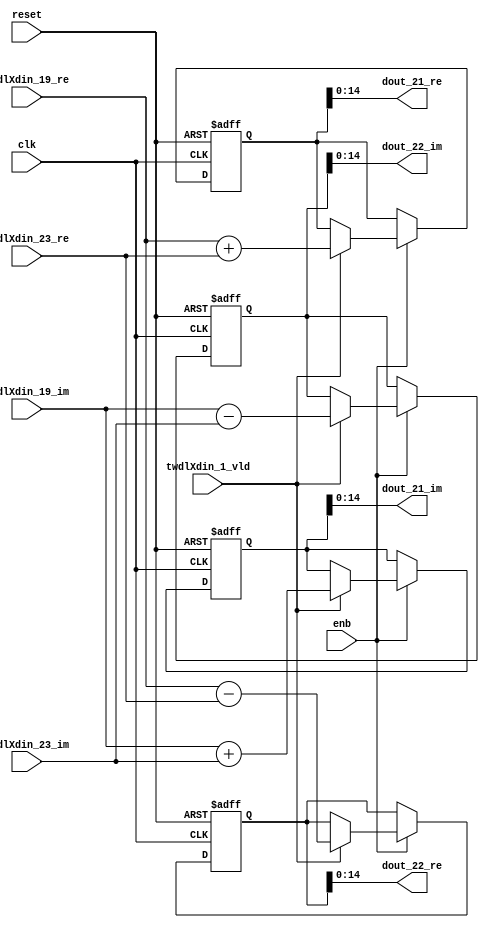
// -------------------------------------------------------------
// 
// 
// Generated by MATLAB 9.14 and HDL Coder 4.1
// 
// -------------------------------------------------------------


// -------------------------------------------------------------
// 
// Module: RADIX22FFT_SDNF1_3_block9
// Source Path: RSP/RSP/Velocity Processor/Doppler Processing/Doppler Processor/FFT/RADIX22FFT_SDNF1_3
// Hierarchy Level: 5
// 
// -------------------------------------------------------------

`timescale 1 ns / 1 ns

module RADIX22FFT_SDNF1_3_block9
          (clk,
           reset,
           enb,
           twdlXdin_19_re,
           twdlXdin_19_im,
           twdlXdin_23_re,
           twdlXdin_23_im,
           twdlXdin_1_vld,
           dout_21_re,
           dout_21_im,
           dout_22_re,
           dout_22_im);


  input   clk;
  input   reset;
  input   enb;
  input   signed [14:0] twdlXdin_19_re;  // sfix15_En10
  input   signed [14:0] twdlXdin_19_im;  // sfix15_En10
  input   signed [14:0] twdlXdin_23_re;  // sfix15_En10
  input   signed [14:0] twdlXdin_23_im;  // sfix15_En10
  input   twdlXdin_1_vld;
  output  signed [14:0] dout_21_re;  // sfix15_En10
  output  signed [14:0] dout_21_im;  // sfix15_En10
  output  signed [14:0] dout_22_re;  // sfix15_En10
  output  signed [14:0] dout_22_im;  // sfix15_En10


  reg signed [15:0] Radix22ButterflyG1_NF_btf1_re_reg;  // sfix16
  reg signed [15:0] Radix22ButterflyG1_NF_btf1_im_reg;  // sfix16
  reg signed [15:0] Radix22ButterflyG1_NF_btf2_re_reg;  // sfix16
  reg signed [15:0] Radix22ButterflyG1_NF_btf2_im_reg;  // sfix16
  reg  Radix22ButterflyG1_NF_dinXtwdl_vld_dly1;
  reg signed [15:0] Radix22ButterflyG1_NF_btf1_re_reg_next;  // sfix16_En10
  reg signed [15:0] Radix22ButterflyG1_NF_btf1_im_reg_next;  // sfix16_En10
  reg signed [15:0] Radix22ButterflyG1_NF_btf2_re_reg_next;  // sfix16_En10
  reg signed [15:0] Radix22ButterflyG1_NF_btf2_im_reg_next;  // sfix16_En10
  reg  Radix22ButterflyG1_NF_dinXtwdl_vld_dly1_next;
  reg signed [14:0] dout_21_re_1;  // sfix15_En10
  reg signed [14:0] dout_21_im_1;  // sfix15_En10
  reg signed [14:0] dout_22_re_1;  // sfix15_En10
  reg signed [14:0] dout_22_im_1;  // sfix15_En10
  reg  dout_21_vld;
  reg signed [15:0] Radix22ButterflyG1_NF_add_cast;  // sfix16_En10
  reg signed [15:0] Radix22ButterflyG1_NF_add_cast_0;  // sfix16_En10
  reg signed [15:0] Radix22ButterflyG1_NF_sub_cast;  // sfix16_En10
  reg signed [15:0] Radix22ButterflyG1_NF_sub_cast_0;  // sfix16_En10
  reg signed [15:0] Radix22ButterflyG1_NF_add_cast_1;  // sfix16_En10
  reg signed [15:0] Radix22ButterflyG1_NF_add_cast_2;  // sfix16_En10
  reg signed [15:0] Radix22ButterflyG1_NF_sub_cast_1;  // sfix16_En10
  reg signed [15:0] Radix22ButterflyG1_NF_sub_cast_2;  // sfix16_En10


  // Radix22ButterflyG1_NF
  always @(posedge clk or posedge reset)
    begin : Radix22ButterflyG1_NF_process
      if (reset == 1'b1) begin
        Radix22ButterflyG1_NF_btf1_re_reg <= 16'sb0000000000000000;
        Radix22ButterflyG1_NF_btf1_im_reg <= 16'sb0000000000000000;
        Radix22ButterflyG1_NF_btf2_re_reg <= 16'sb0000000000000000;
        Radix22ButterflyG1_NF_btf2_im_reg <= 16'sb0000000000000000;
        Radix22ButterflyG1_NF_dinXtwdl_vld_dly1 <= 1'b0;
      end
      else begin
        if (enb) begin
          Radix22ButterflyG1_NF_btf1_re_reg <= Radix22ButterflyG1_NF_btf1_re_reg_next;
          Radix22ButterflyG1_NF_btf1_im_reg <= Radix22ButterflyG1_NF_btf1_im_reg_next;
          Radix22ButterflyG1_NF_btf2_re_reg <= Radix22ButterflyG1_NF_btf2_re_reg_next;
          Radix22ButterflyG1_NF_btf2_im_reg <= Radix22ButterflyG1_NF_btf2_im_reg_next;
          Radix22ButterflyG1_NF_dinXtwdl_vld_dly1 <= Radix22ButterflyG1_NF_dinXtwdl_vld_dly1_next;
        end
      end
    end

  always @(Radix22ButterflyG1_NF_btf1_im_reg, Radix22ButterflyG1_NF_btf1_re_reg,
       Radix22ButterflyG1_NF_btf2_im_reg, Radix22ButterflyG1_NF_btf2_re_reg,
       Radix22ButterflyG1_NF_dinXtwdl_vld_dly1, twdlXdin_19_im, twdlXdin_19_re,
       twdlXdin_1_vld, twdlXdin_23_im, twdlXdin_23_re) begin
    Radix22ButterflyG1_NF_add_cast = 16'sb0000000000000000;
    Radix22ButterflyG1_NF_add_cast_0 = 16'sb0000000000000000;
    Radix22ButterflyG1_NF_sub_cast = 16'sb0000000000000000;
    Radix22ButterflyG1_NF_sub_cast_0 = 16'sb0000000000000000;
    Radix22ButterflyG1_NF_add_cast_1 = 16'sb0000000000000000;
    Radix22ButterflyG1_NF_add_cast_2 = 16'sb0000000000000000;
    Radix22ButterflyG1_NF_sub_cast_1 = 16'sb0000000000000000;
    Radix22ButterflyG1_NF_sub_cast_2 = 16'sb0000000000000000;
    Radix22ButterflyG1_NF_btf1_re_reg_next = Radix22ButterflyG1_NF_btf1_re_reg;
    Radix22ButterflyG1_NF_btf1_im_reg_next = Radix22ButterflyG1_NF_btf1_im_reg;
    Radix22ButterflyG1_NF_btf2_re_reg_next = Radix22ButterflyG1_NF_btf2_re_reg;
    Radix22ButterflyG1_NF_btf2_im_reg_next = Radix22ButterflyG1_NF_btf2_im_reg;
    Radix22ButterflyG1_NF_dinXtwdl_vld_dly1_next = twdlXdin_1_vld;
    if (twdlXdin_1_vld) begin
      Radix22ButterflyG1_NF_add_cast = {twdlXdin_19_re[14], twdlXdin_19_re};
      Radix22ButterflyG1_NF_add_cast_0 = {twdlXdin_23_re[14], twdlXdin_23_re};
      Radix22ButterflyG1_NF_btf1_re_reg_next = Radix22ButterflyG1_NF_add_cast + Radix22ButterflyG1_NF_add_cast_0;
      Radix22ButterflyG1_NF_sub_cast = {twdlXdin_19_re[14], twdlXdin_19_re};
      Radix22ButterflyG1_NF_sub_cast_0 = {twdlXdin_23_re[14], twdlXdin_23_re};
      Radix22ButterflyG1_NF_btf2_re_reg_next = Radix22ButterflyG1_NF_sub_cast - Radix22ButterflyG1_NF_sub_cast_0;
      Radix22ButterflyG1_NF_add_cast_1 = {twdlXdin_19_im[14], twdlXdin_19_im};
      Radix22ButterflyG1_NF_add_cast_2 = {twdlXdin_23_im[14], twdlXdin_23_im};
      Radix22ButterflyG1_NF_btf1_im_reg_next = Radix22ButterflyG1_NF_add_cast_1 + Radix22ButterflyG1_NF_add_cast_2;
      Radix22ButterflyG1_NF_sub_cast_1 = {twdlXdin_19_im[14], twdlXdin_19_im};
      Radix22ButterflyG1_NF_sub_cast_2 = {twdlXdin_23_im[14], twdlXdin_23_im};
      Radix22ButterflyG1_NF_btf2_im_reg_next = Radix22ButterflyG1_NF_sub_cast_1 - Radix22ButterflyG1_NF_sub_cast_2;
    end
    dout_21_re_1 = Radix22ButterflyG1_NF_btf1_re_reg[14:0];
    dout_21_im_1 = Radix22ButterflyG1_NF_btf1_im_reg[14:0];
    dout_22_re_1 = Radix22ButterflyG1_NF_btf2_re_reg[14:0];
    dout_22_im_1 = Radix22ButterflyG1_NF_btf2_im_reg[14:0];
    dout_21_vld = Radix22ButterflyG1_NF_dinXtwdl_vld_dly1;
  end



  assign dout_21_re = dout_21_re_1;

  assign dout_21_im = dout_21_im_1;

  assign dout_22_re = dout_22_re_1;

  assign dout_22_im = dout_22_im_1;

endmodule  // RADIX22FFT_SDNF1_3_block9